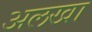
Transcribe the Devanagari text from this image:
अलखा